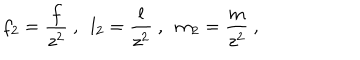
f _ { 2 } = \frac { f } { z ^ { 2 } } \ , \ \ l _ { 2 } = \frac { l } { z ^ { 2 } } \ , \ \ m _ { 2 } = \frac { m } { z ^ { 2 } } \ ,